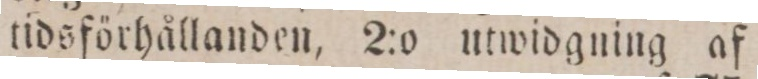
tidsförhållanden, 2:o utwidgning af